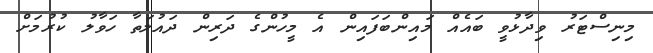
މިނިސްޓަރު ވިދާޅުވީ ބައެއް މައިންބަފައިން އެ މީހުންގެ ދަރިން ދައުލަތާ ހަވާލު ކުރުމަށް